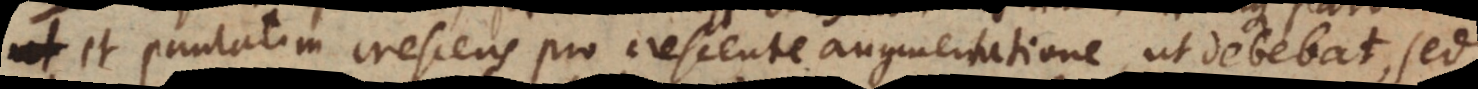
et paulatim crescens pro crescente augmentatione, ut debebat, sed